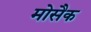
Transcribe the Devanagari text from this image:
मोसैक